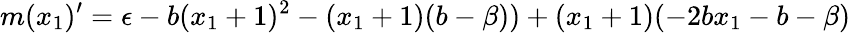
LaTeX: m(x_{1})^{\prime}=\epsilon-b(x_{1}+1)^{2}-(x_{1}+1)(b-\beta))+(x_{1}+1)(-2bx_{1}-b-\beta)